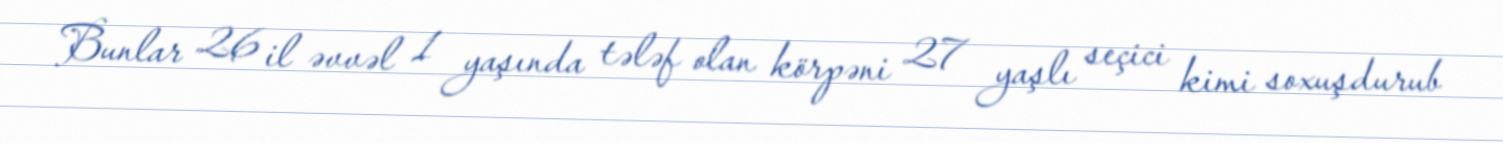
Bunlar 26 il əvvəl 1 yaşında tələf olan körpəni 27 yaşlı seçici kimi soxuşdurub